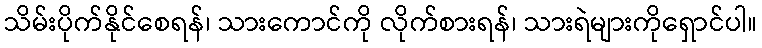
သိမ်းပိုက်နိုင်စေရန်၊ သားကောင်ကို လိုက်စားရန်၊ သားရဲများကိုရှောင်ပါ။